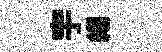
宇緡